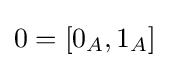
0=[0_{A},1_{A}]